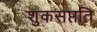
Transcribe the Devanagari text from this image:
शुकसप्तति